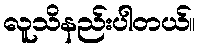
လူသိနည်းပါတယ်။